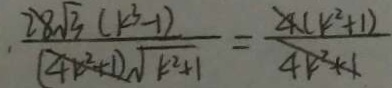
\frac { 2 8 \sqrt { 3 } ( k ^ { 3 } - 1 ) } { ( 4 k ^ { 2 } + 1 ) \sqrt { k ^ { 2 } + 1 } } = \frac { 4 ( k ^ { 2 } + 1 ) } { 4 k ^ { 2 } + 1 }